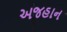
અજહાન